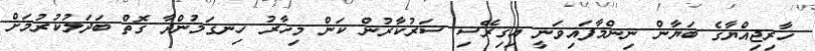
ޚާރިޖިއްޔާގެ ބަޔާން ނިންމާފައިވަނީ އިގިރޭސި ސަރުކާރުން ކަން މިހާރު ހިނގަމުންދާ ގޮތް ބަދަލުކުރުމަށް